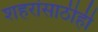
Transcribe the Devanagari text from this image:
शहरांसाठीही